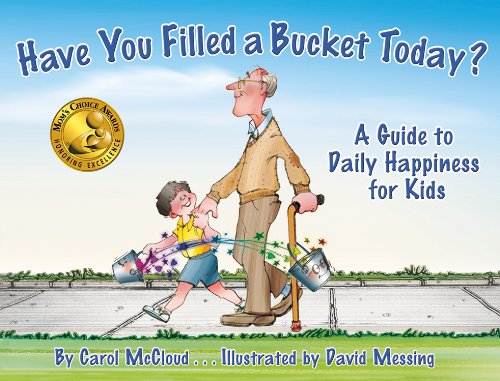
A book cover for Have You Filled a Bucket Today? A Guide to Daily Happiness for Kids; Carol McCloud; Children's Books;